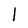
Character: l